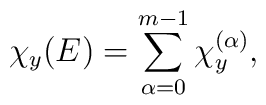
\chi_y(E)=\sum^{m-1}_{\alpha=0}\chi_{y}^{(\alpha)},